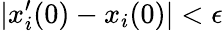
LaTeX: \lvert x_{i}^{\prime}(0)-x_{i}(0)\rvert<\epsilon